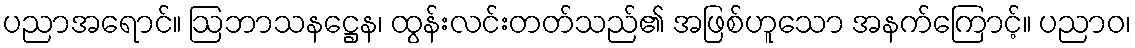
ပညာအရောင်။ ဩဘာသနဋ္ဌေန၊ ထွန်းလင်းတတ်သည်၏ အဖြစ်ဟူသော အနက်ကြောင့်။ ပညာဝ၊